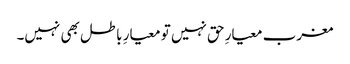
مغرب معیارِ حق نہیں تو معیارِ باطل بھی نہیں۔